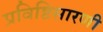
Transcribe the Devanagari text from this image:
प्रविष्टिसारणी